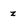
Character: z